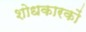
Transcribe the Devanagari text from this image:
शोधकारकों